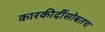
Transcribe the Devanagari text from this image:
कारकीर्दीसोबतच